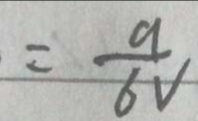
\frac { 3 } { 2 V } = \frac { 9 } { 6 V }